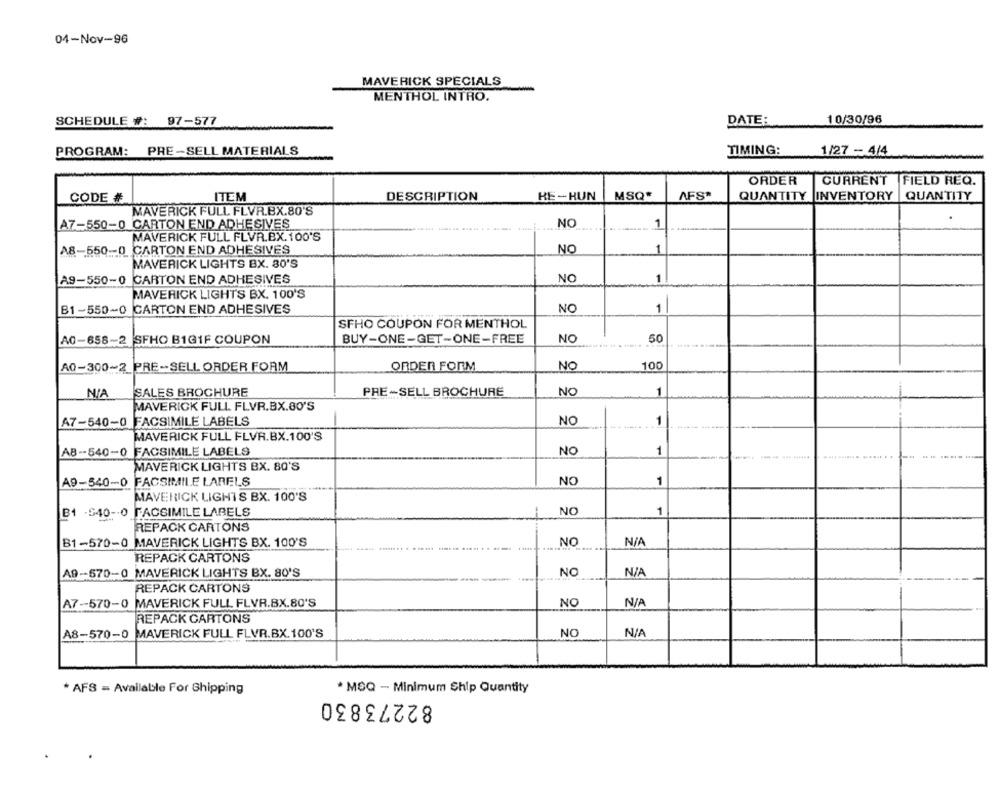
04-Nov-96
MAVERICK SPECIALS
MENTHOL INTRO.
10/30/96
SCHEDULE #: 97-577
DATE:
PROGRAM: PRE-SELL MATERIALS
TIMING:
1/27 - 4/4
ORDER
CURRENT FIELD REQ.
CODE #
ITEM
DESCRIPTION
RE-HUN
MSQ*
AFS*
QUANTITY INVENTORY |QUANTITY
MAVERICK FULL FLVR.BX.80'S
.
A7-550-0 CARTON END ADHESIVES
NO
1
MAVERICK FULL FLVR.BX. 100'S
A8-550-0 CARTON END ADHESIVES
NO
MAVERICK LIGHTS BX. 80'S
NO
1
A9-550-0 CARTON END ADHESIVES
MAVERICK LIGHTS BX. 100'S
B1-550-0 CARTON END ADHESIVES
NO
1
SFHO COUPON FOR MENTHOL
A0-658-2 SFHO B1GIF COUPON
BUY-ONE-GET-ONE-FREE
NO
50
100
A0-300-2_PRE-SELL ORDER FORM
ORDER FORM
NO
SALES BROCHURE
PRE-SELL BROCHURE
NO
1
MAVERICK FULL FLVR.BX.80'S
A7-540-0 FACSIMILE LABELS
NO
1
MAVERICK FULL FLVR.BX.100'S
AB-540-0 FACSIMILE LABELS
NO
1
MAVERICK LIGHTS BX. 80'S
A9-540-0 FACSIMILE LARELS
NO
1
MAVERICK LIGHTS BX. 100'S
B1 -540 -. 0 FACSIMILE LABELS
NO
1
REPACK CARTONS
B1-570-0 MAVERICK LIGHTS BX. 100'S
NO
REPACK CARTONS
NO
A9 -- 570-0 MAVERICK LIGHTS BX. 80'S
REPACK CARTONS
A7-570-0 MAVERICK FULL FLVR.BX.80'S
NO
REPACK CARTONS
NO
A8-570-0
MAVERICK FULL FLVR.BX. 100'S
* AFS = Available For Shipping
* MSQ - Minimum Ship Quantity
82273830